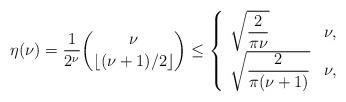
LaTeX: \begin{align*} \eta(\nu) = \frac{1}{2^\nu} \binom{\nu}{ \lfloor (\nu+1)/2 \rfloor} \le \left\{ \begin{array}{ll} \sqrt{\displaystyle \frac{2}{\pi \nu}} & \nu ,\\ \sqrt{\displaystyle \frac{2}{\pi (\nu+1)}} & \nu , \end{array} \right. \end{align*}